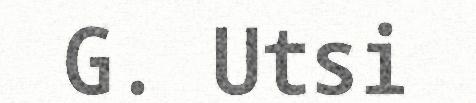
G. Utsi